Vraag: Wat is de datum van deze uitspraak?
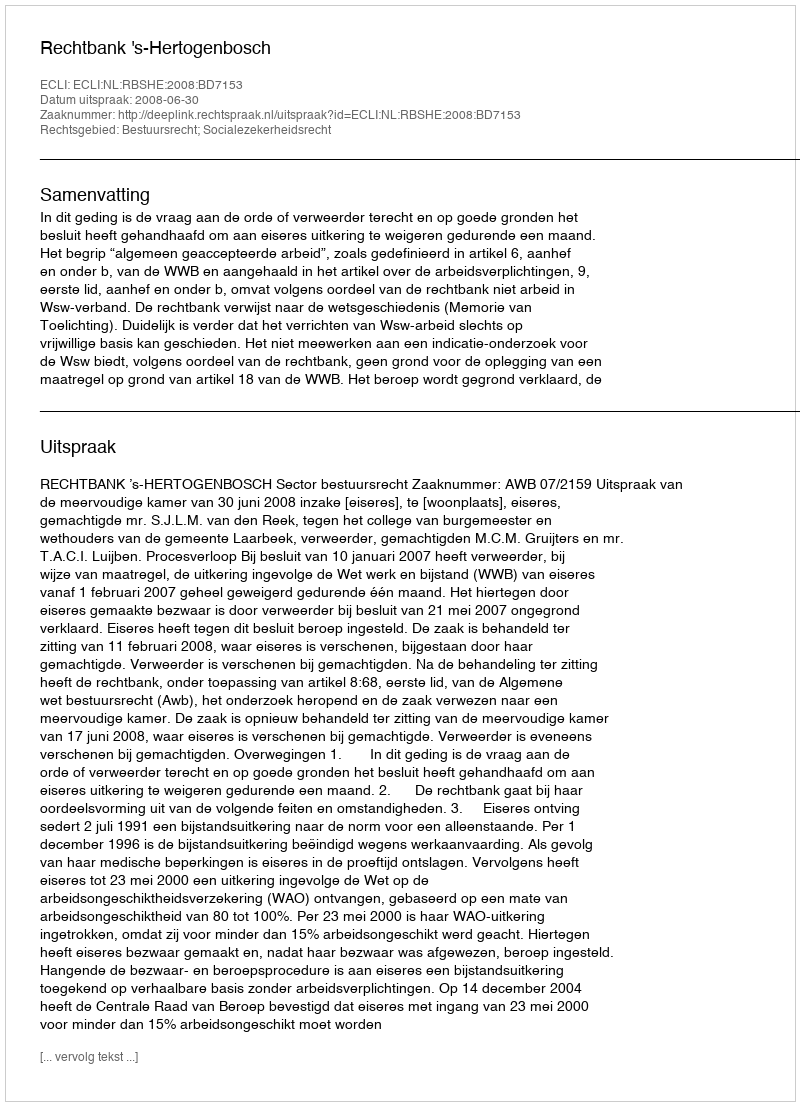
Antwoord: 2008-06-30